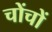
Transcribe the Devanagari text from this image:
चोंचों